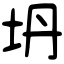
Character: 坍